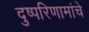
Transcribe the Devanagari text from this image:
दुष्परिणामांचे